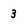
Character: 3